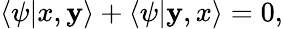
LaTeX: \langle\psi|x,\mathbf{y}\rangle+\langle\psi|\mathbf{y},x\rangle=0,